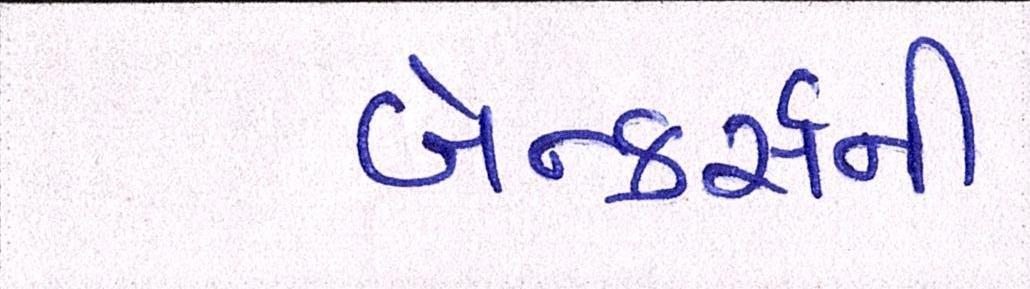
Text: બેન્કર્સની